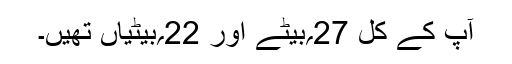
آپ کے کل 27؍بیٹے اور 22؍بیٹیاں تھیں۔